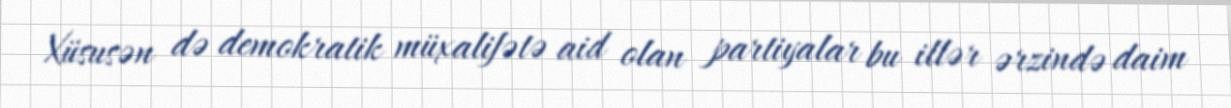
Xüsusən də demokratik müxalifətə aid olan partiyalar bu illər ərzində daim